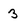
Character: 3